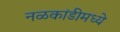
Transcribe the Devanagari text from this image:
नळकांडीमध्ये